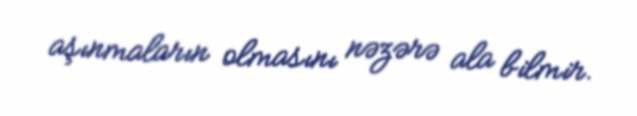
aşınmaların olmasını nəzərə ala bilmir.